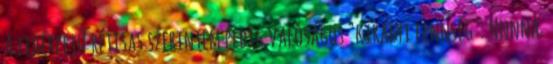
A fehérfejű rétisas szerintem pedig valóságos "királyi fennség": Nnnna.